Calcutta medical institutions reports 1879-81 [i.e.91]
Year: 1879
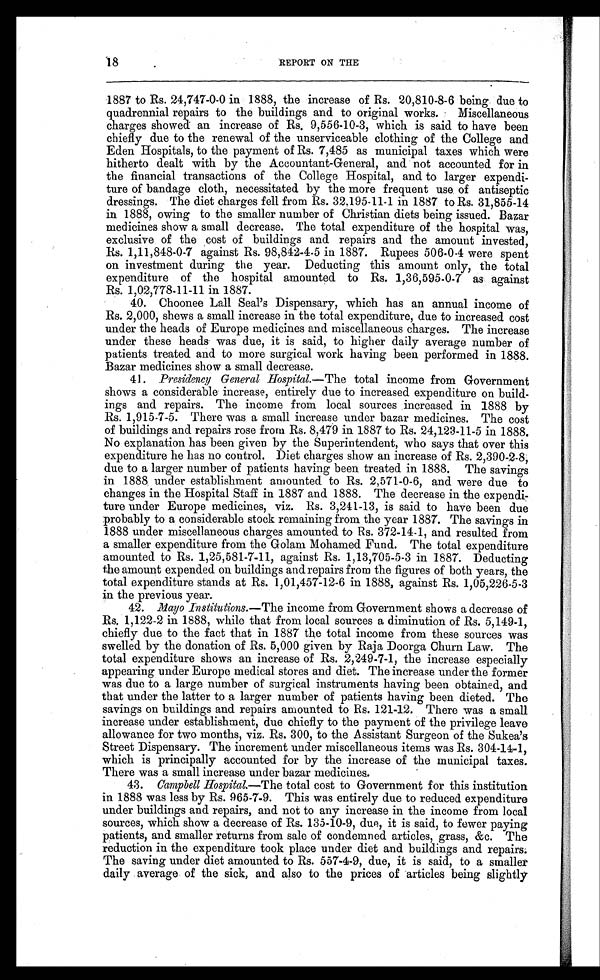
18
REPORT ON THE
1887 to Rs. 24,747-0-0 in 1888, the increase of Rs. 20,810-8-6 being due to
quadrennial repairs to the buildings and to original works. Miscellaneous
charges showed an increase of Rs. 9,556-10-3, which is said to have been
chiefly due to the renewal of the unserviceable clothing of the College and
Eden Hospitals, to the payment of Rs. 7,485 as municipal taxes which were
hitherto dealt with by the Accountant-General, and not accounted for in
the financial transactions of the College Hospital, and to larger expendi-
ture of bandage cloth, necessitated by the more frequent use of antiseptic
dressings. The diet charges fell from Rs. 32,195-11-1 in 1887 to Rs. 31,855-14
in 1888, owing to the smaller number of Christian diets being issued. Bazar
medicines show a small decrease. The total expenditure of the hospital was,
exclusive of the cost of buildings and repairs and the amount invested,
Rs. 1,11,848-0-7 against Rs. 98,842-4-5 in 1887. Rupees 506-0-4 were spent
on investment during the year. Deducting this amount only, the total
expenditure of the hospital amounted to Rs. 1,36,595-0-7 as against
Rs. 1,02,778-11-11 in 1887.
40. Choonee Lall Seal's Dispensary, which has an annual income of
Rs. 2,000, shews a small increase in the total expenditure, due to increased cost
under the heads of Europe medicines and miscellaneous charges. The increase
under these heads was due, it is said, to higher daily average number of
patients treated and to more surgical work having been performed in 1888.
Bazar medicines show a small decrease.
41. Presidency General Hospital .—The total income from Government
shows a considerable increase, entirely due to increased expenditure on build-
ings and repairs. The income from local sources increased in 1888 by
Rs. 1,915-7-5. There was a small increase under bazar medicines. The cost
of buildings and repairs rose from Rs. 8,479 in 1887 to Rs. 24,123-11-5 in 1888.
No explanation has been given by the Superintendent, who says that over this
expenditure he has no control. Diet charges show an increase of Rs. 2,390-2-8,
due to a larger number of patients having been treated in 1888. The savings
in 1888 under establishment amounted to Rs. 2,571-0-6, and were due to
changes in the Hospital Staff in 1887 and 1888. The decrease in the expendi-
ture under Europe medicines, viz. Rs. 3,241-13, is said to have been due
probably to a considerable stock remaining from the year 1887. The savings in
1888 under miscellaneous charges amounted to Rs. 372-14-1, and resulted from
a smaller expenditure from the Golam Mohamed Fund. The total expenditure
amounted to Rs. 1,25,581-7-11, against Rs. 1,13,705-5-3 in 1887. Deducting
the amount expended on buildings and repairs from the figures of both years, the
total expenditure stands at Rs. 1,01,457-12-6 in 1888, against Rs. 1,05,226-5-3
in the previous year.
42. Mayo Institutions .—The income from Government shows a decrease of
Rs. 1,122-2 in 1888, while that from local sources a diminution of Rs. 5,149-1,
chiefly due to the fact that in 1887 the total income from these sources was
swelled by the donation of Rs. 5,000 given by Raja Doorga Churn Law. The
total expenditure shows an increase of Rs. 2,249-7-1, the increase especially
appearing under Europe medical stores and diet. The increase under the former
was due to a large number of surgical instruments having been obtained, and
that under the latter to a larger number of patients having been dieted. The
savings on buildings and repairs amounted to Rs. 121-12. There was a small
increase under establishment, due chiefly to the payment of the privilege leave
allowance for two months, viz. Rs. 300, to the Assistant Surgeon of the Sukea's
Street Dispensary. The increment under miscellaneous items was Rs. 304-14-1,
which is principally accounted for by the increase of the municipal taxes.
There was a small increase under bazar medicines.
43. Campbell Hospital.—The total cost to Government for this institution
in 1888 was less by Rs. 965-7-9. This was entirely due to reduced expenditure
under buildings and repairs, and not to any increase in the income from local
sources, which show a decrease of Rs. 135-10-9, due, it is said, to fewer paying
patients, and smaller returns from sale of condemned articles, grass, &c. The
reduction in the expenditure took place under diet and buildings and repairs.
The saving under diet amounted to Rs. 557-4-9, due, it is said, to a smaller
daily average of the sick, and also to the prices of articles being slightly